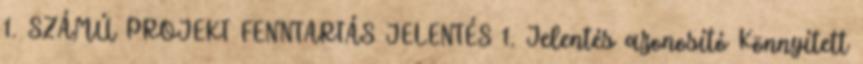
1. SZÁMÚ PROJEKT FENNTARTÁS JELENTÉS 1. Jelentés azonosító Könnyített